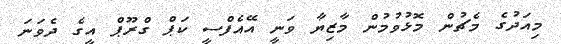
މިއަދުގެ މެޗުން މޮޅުވުމުން މާޒިޔާ ވަނީ އޭއެފްސީ ކަޕް ގްރޫޕް އީގެ ދެވަނަ